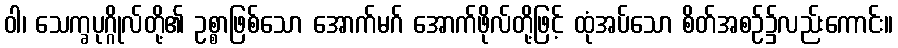
ဝါ၊ သေက္ခပုဂ္ဂိုလ်တို့၏ ဥစ္စာဖြစ်သော အောက်မဂ် အောက်ဖိုလ်တို့ဖြင့် ထုံအပ်သော စိတ်အစဉ်၌လည်းကောင်း။